Vaccination in Burma 1900-1911 - 1900-1911
Year: 1900
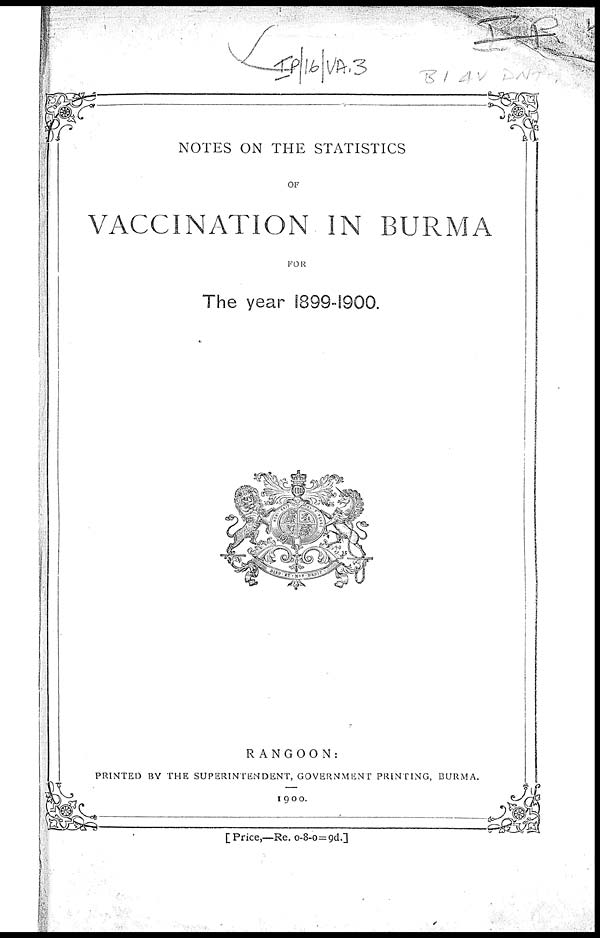
NOTES ON THE STATISTICS
OF
VACCINATION IN BURMA
FOR
The year 1899-1900.
RANGOON:
PRINTED BY THE SUPERINTENDENT, GOVERNMENT PRINTING, BURMA.
1900.
[Price,—Re. 0-8-0=9d.]